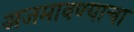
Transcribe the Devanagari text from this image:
अजमावण्याचा